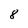
Character: 8